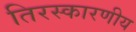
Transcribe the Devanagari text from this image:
तिरस्कारणीय